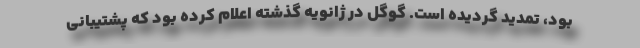
بود، تمدید گردیده است. گوگل در ژانویه گذشته اعلام کرده بود که پشتیبانی